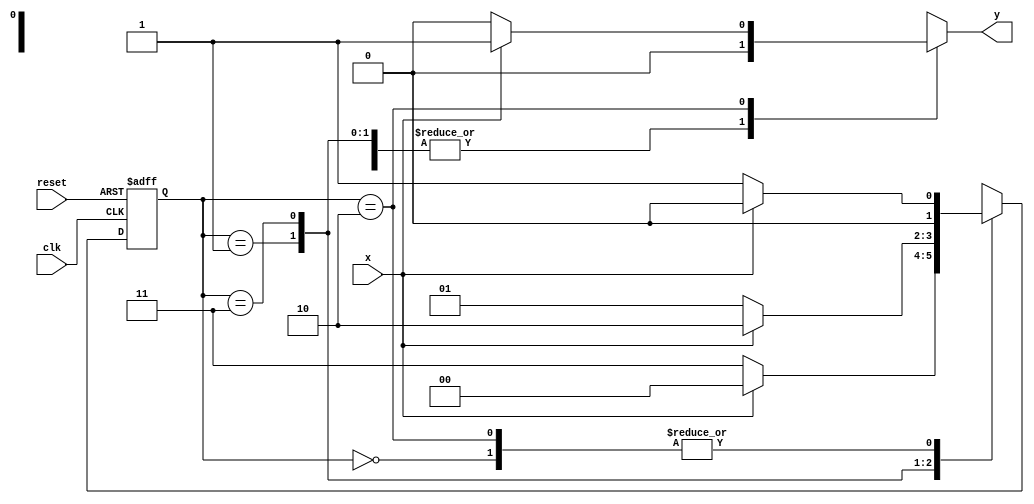
// ---------------------
// Guia 11 - Exercicio 03
// Nome: Bruno Csar Lopes Silva
// ---------------------


// constant definitions

`define found    1
`define notfound 0

module Mealy ( y, x, clk, reset );
 output y;
 input  x;
 input  clk;
 input  reset;

 reg    y;

 parameter         // state identifiers 
   start  = 2'b00,
   id1    = 2'b01,
   id11   = 2'b11,
   id110  = 2'b10;

   reg [1:0] E1;	// current state variables
   reg [1:0] E2;	// next state logic output

// next state logic
   always @( x or E1 )
    begin
     y = `notfound;
     case ( E1 )
      start:
        if ( x )
         E2 = start;
        else
         E2 = id1;
      id1:
        if ( x )
         E2 = start;
        else
         E2 = id11;
      id11:
        if ( x )
         E2 = id110;
        else
         E2 = id1;
      id110:
        if ( x )		  
	 begin
	   E2 = start;
	   y  = `found;
	 end
	else
	 begin
	   E2 =  id1;
	   y  = `notfound;
	 end
      default:   // undefined state
           E2 =  2'bxx;
      endcase
   end // always at signal or state changing

// state variables
   always @( posedge clk or negedge reset )
    begin
     if ( reset )
      E1 = E2;    // updates current state
     else
      E1 = 0;     // reset
    end // always at signal changing

endmodule //Mealy

module Exe03;
 reg   clk, reset, x;
 wire  m1;

 Mealy mealy1 ( m1, x, clk, reset ); 

 initial
  begin
   $display ( "Time     x   Mealy" );

// initial values
       clk   = 1;
       reset = 0;
       x     = 0;

// input signal changing
  
  #5   reset = 1;
  #10  x = 1;
  #10  x = 0;
  #10  x = 0;
  #20  x = 0;
  #10  x = 1;
  #10  x = 1;
  #10  x = 0;
  #10  x = 0;
  #10  x = 1;
  #10  x = 1;
  #10  x = 0;
  #10  x = 0;  

  #40 $finish;
 
 end // initial

 always
  #5 clk = ~clk;

 always @( posedge clk )
  
  begin
   
	$display ( "%4d  %4b  %4b", $time, x, m1);
  
  end // always at positive edge clocking changing

endmodule // Exe03